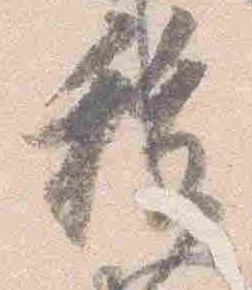
祓